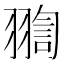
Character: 𦑟